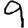
Digit: 9